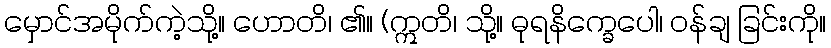
မှောင်အမိုက်ကဲ့သို့။ ဟောတိ၊ ၏။ (ဣတိ၊ သို့။ ဓုရနိက္ခေပေါ၊ ဝန်ချ ခြင်းကို။